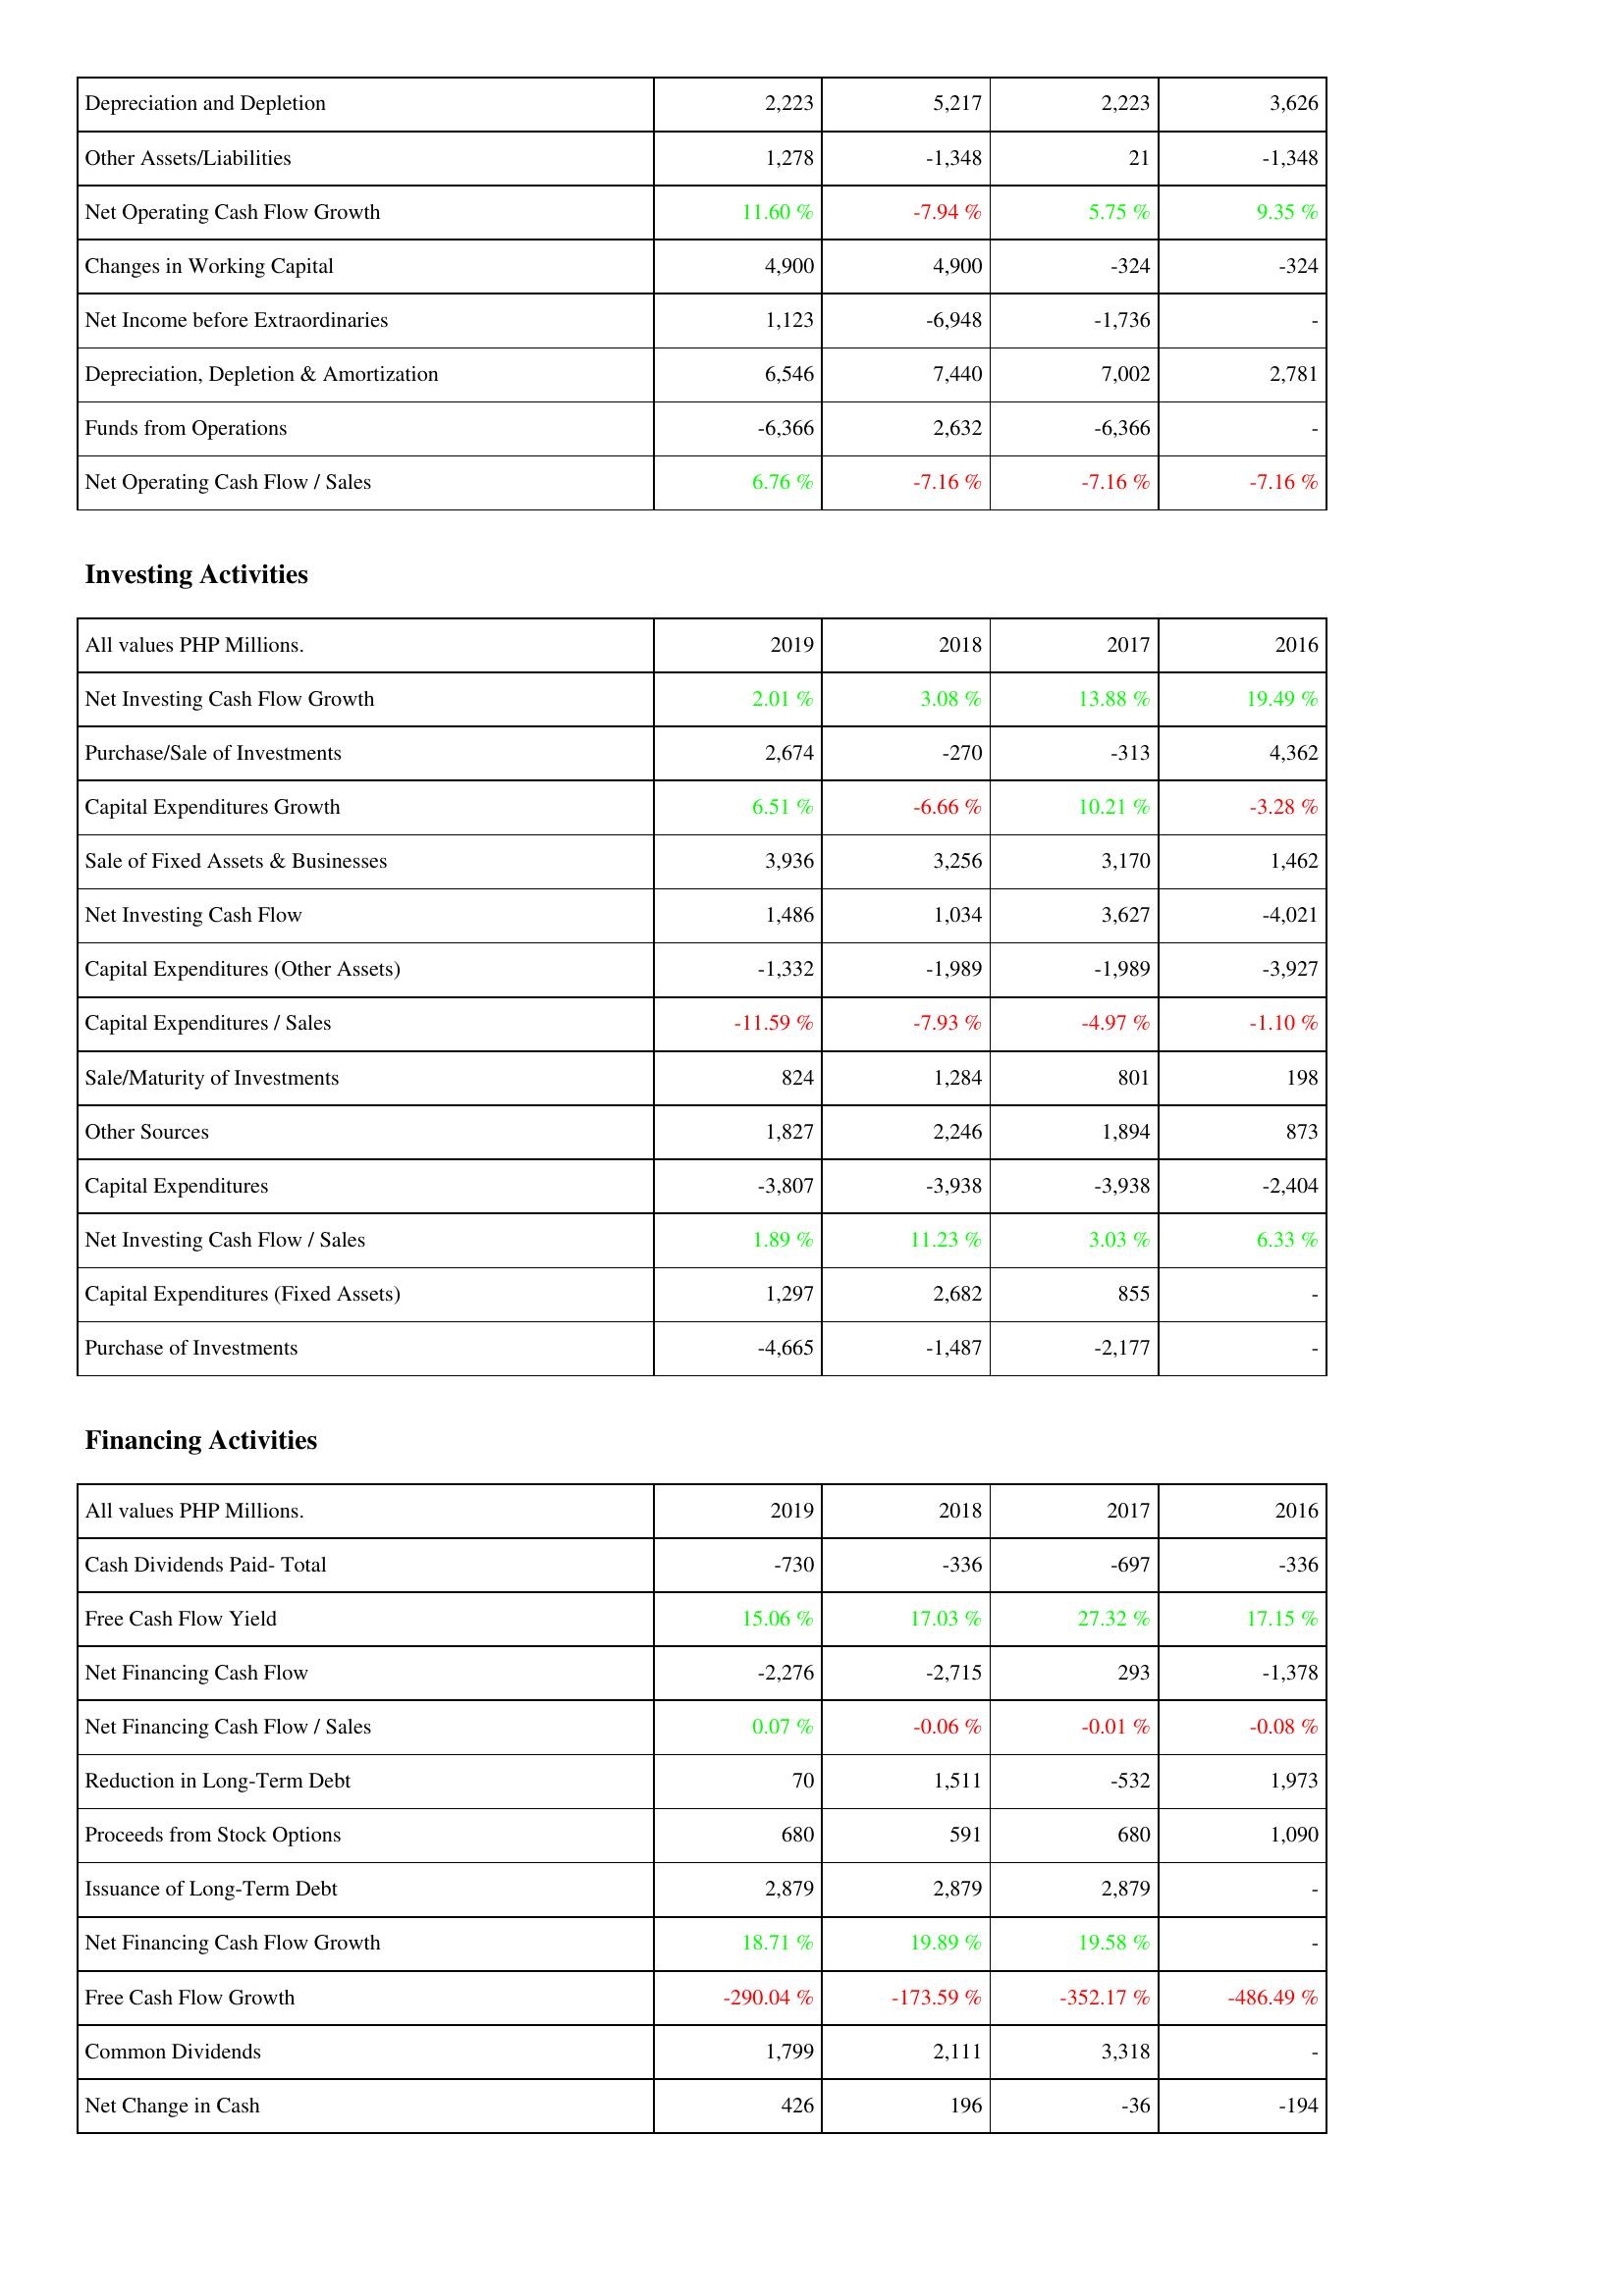
2019: Operating Activities: Depreciation and Depletion: 2,223
Other Assets/Liabilities: 1,278
Net Operating Cash Flow Growth: 11.60 %
Changes in Working Capital: 4,900
Net Income before Extraordinaries: 1,123
Depreciation, Depletion & Amortization: 6,546
Funds from Operations: -6,366
Net Operating Cash Flow / Sales: 6.76 %
Investing Activities: Net Investing Cash Flow Growth: 2.01 %
Purchase/Sale of Investments: 2,674
Capital Expenditures Growth: 6.51 %
Sale of Fixed Assets & Businesses: 3,936
Net Investing Cash Flow: 1,486
Capital Expenditures (Other Assets): -1,332
Capital Expenditures / Sales: -11.59 %
Sale/Maturity of Investments: 824
Other Sources: 1,827
Capital Expenditures: -3,807
Net Investing Cash Flow / Sales: 1.89 %
Capital Expenditures (Fixed Assets): 1,297
Purchase of Investments: -4,665
Financing Activities: Cash Dividends Paid- Total: -730
Free Cash Flow Yield: 15.06 %
Net Financing Cash Flow: -2,276
Net Financing Cash Flow / Sales: 0.07 %
Reduction in Long-Term Debt: 70
Proceeds from Stock Options: 680
Issuance of Long-Term Debt: 2,879
Net Financing Cash Flow Growth: 18.71 %
Free Cash Flow Growth: -290.04 %
Common Dividends: 1,799
Net Change in Cash: 426
2018: Operating Activities: Depreciation and Depletion: 5,217
Other Assets/Liabilities: -1,348
Net Operating Cash Flow Growth: -7.94 %
Changes in Working Capital: 4,900
Net Income before Extraordinaries: -6,948
Depreciation, Depletion & Amortization: 7,440
Funds from Operations: 2,632
Net Operating Cash Flow / Sales: -7.16 %
Investing Activities: Net Investing Cash Flow Growth: 3.08 %
Purchase/Sale of Investments: -270
Capital Expenditures Growth: -6.66 %
Sale of Fixed Assets & Businesses: 3,256
Net Investing Cash Flow: 1,034
Capital Expenditures (Other Assets): -1,989
Capital Expenditures / Sales: -7.93 %
Sale/Maturity of Investments: 1,284
Other Sources: 2,246
Capital Expenditures: -3,938
Net Investing Cash Flow / Sales: 11.23 %
Capital Expenditures (Fixed Assets): 2,682
Purchase of Investments: -1,487
Financing Activities: Cash Dividends Paid- Total: -336
Free Cash Flow Yield: 17.03 %
Net Financing Cash Flow: -2,715
Net Financing Cash Flow / Sales: -0.06 %
Reduction in Long-Term Debt: 1,511
Proceeds from Stock Options: 591
Issuance of Long-Term Debt: 2,879
Net Financing Cash Flow Growth: 19.89 %
Free Cash Flow Growth: -173.59 %
Common Dividends: 2,111
Net Change in Cash: 196
2017: Operating Activities: Depreciation and Depletion: 2,223
Other Assets/Liabilities: 21
Net Operating Cash Flow Growth: 5.75 %
Changes in Working Capital: -324
Net Income before Extraordinaries: -1,736
Depreciation, Depletion & Amortization: 7,002
Funds from Operations: -6,366
Net Operating Cash Flow / Sales: -7.16 %
Investing Activities: Net Investing Cash Flow Growth: 13.88 %
Purchase/Sale of Investments: -313
Capital Expenditures Growth: 10.21 %
Sale of Fixed Assets & Businesses: 3,170
Net Investing Cash Flow: 3,627
Capital Expenditures (Other Assets): -1,989
Capital Expenditures / Sales: -4.97 %
Sale/Maturity of Investments: 801
Other Sources: 1,894
Capital Expenditures: -3,938
Net Investing Cash Flow / Sales: 3.03 %
Capital Expenditures (Fixed Assets): 855
Purchase of Investments: -2,177
Financing Activities: Cash Dividends Paid- Total: -697
Free Cash Flow Yield: 27.32 %
Net Financing Cash Flow: 293
Net Financing Cash Flow / Sales: -0.01 %
Reduction in Long-Term Debt: -532
Proceeds from Stock Options: 680
Issuance of Long-Term Debt: 2,879
Net Financing Cash Flow Growth: 19.58 %
Free Cash Flow Growth: -352.17 %
Common Dividends: 3,318
Net Change in Cash: -36
2016: Operating Activities: Depreciation and Depletion: 3,626
Other Assets/Liabilities: -1,348
Net Operating Cash Flow Growth: 9.35 %
Changes in Working Capital: -324
Net Income before Extraordinaries: -
Depreciation, Depletion & Amortization: 2,781
Funds from Operations: -
Net Operating Cash Flow / Sales: -7.16 %
Investing Activities: Net Investing Cash Flow Growth: 19.49 %
Purchase/Sale of Investments: 4,362
Capital Expenditures Growth: -3.28 %
Sale of Fixed Assets & Businesses: 1,462
Net Investing Cash Flow: -4,021
Capital Expenditures (Other Assets): -3,927
Capital Expenditures / Sales: -1.10 %
Sale/Maturity of Investments: 198
Other Sources: 873
Capital Expenditures: -2,404
Net Investing Cash Flow / Sales: 6.33 %
Capital Expenditures (Fixed Assets): -
Purchase of Investments: -
Financing Activities: Cash Dividends Paid- Total: -336
Free Cash Flow Yield: 17.15 %
Net Financing Cash Flow: -1,378
Net Financing Cash Flow / Sales: -0.08 %
Reduction in Long-Term Debt: 1,973
Proceeds from Stock Options: 1,090
Issuance of Long-Term Debt: -
Net Financing Cash Flow Growth: -
Free Cash Flow Growth: -486.49 %
Common Dividends: -
Net Change in Cash: -194